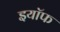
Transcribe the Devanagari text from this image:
इयॉफ